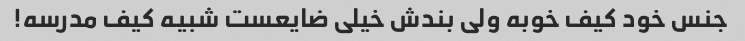
جنس خود کیف خوبه ولی بندش خیلی ضایعست شبیه کیف مدرسه!